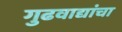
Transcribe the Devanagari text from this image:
गुढवाद्यांचा